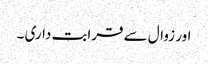
اور زوال سے قرابت داری ۔